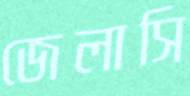
জেলাসি